Scientific memoirs by medical officers of the Army of India - Part X,
Year: 1897
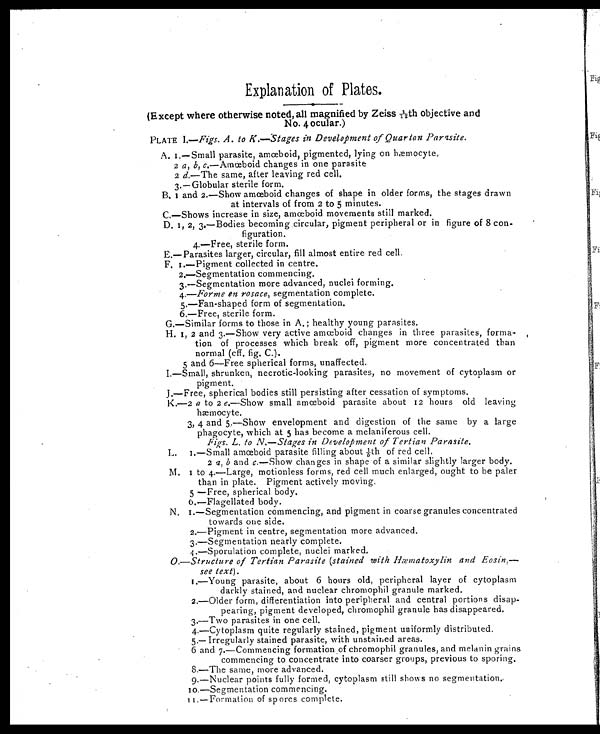
Explanation of Plates.
(Except where otherwise noted, all magnified by Zeiss 1/12th objective and
No. 4 ocular.)
PLATE 1.—Figs. A. to K.—Stages in Development of Quartan Parasite.
A. I.—Small parasite, amœboid, pigmented, lying on hæmocyte.
2 a, b, c.—Amœboid changes in one parasite
2 d.—The same, after leaving red cell.
3.—Globular sterile form.
B.
1 and 2.—Show amœboid changes of shape in older forms, the stages drawn
at intervals of from 2 to 5 minutes.
C.—Shows increase in size, amœboid movements still marked.
D. 1, 2, 3.—Bodies becoming circular, pigment peripheral or in figure of 8 con-
figuration.
4.—Free, sterile form.
E.—Parasites larger, circular, fill almost entire red cell.
F. 1.—Pigment collected in centre.
2.—Segmentation commencing.
3.—Segmentation more advanced, nuclei forming.
4.—Forme en rosace, segmentation complete.
5.—Fan-shaped form of segmentation.
6.—Free, sterile form.
G.—Similar forms to those in A.; healthy young parasites.
H. 1, 2 and 3.—Show very active amœboid changes in three parasites, forma-
tion of processes which break off, pigment more concentrated than
normal (off. fig. C.).
5 and 6—Free spherical forms, unaffected.
I.—Small, shrunken, necrotic-looking parasites, no movement of cytoplasm or
pigment.
J.—Free, spherical bodies still persisting after cessation of symptoms.
K.—2 a to 2 e.—Show small amœboid parasite about 12 hours old leaving
hæmocytc.
3, 4 and 5.—Show envelopment and digestion of the same by a large
phagocyte, which at 5 has become a melaniferous cell.
Fir. L. to N.—Stages in Development of Tertian Parasite.
L. 1.—Small amœboid parasite filling about 1/5th of red cell.
2 a , b and c.—Show changes in shape of a similar slightly larger body.
M. 1 to 4.—Large, motionless forms, red cell much enlarged, ought to be paler
than in plate. Pigment actively moving.
5.—Free, spherical body.
6 . — F l a g e l l a t e d b o d y .
N. 1.—Segmentation commencing, and pigment in coarse granules concentrated
towards one side.
2.—Pigment in centre, segmentation more advanced.
3.—Segmentation nearly complete.
4 . — S p o r u l a t i o n c o m p l e t e , n u c l e i m a r k e d .
O.—Structure of Tertian Parasite (stained with Hæmatoxylin and Eosin—
see text).
1.—Young parasite, about 6 hours old, peripheral layer of cytoplasm
darkly stained, and nuclear chromophil granule marked.
2.—Older form, differentiation into peripheral and central portions disap-
pearing, pigment developed, chromophil granule has disappeared.
3.—Two parasites in one cell.
4.—Cytoplasm quite regularly stained, pigment uniformly distributed.
5.—Irregularly stained parasite, with unstained areas.
6 and 7.—Commencing formation of chromophil granules, and melanin grains
commencing to concentrate into coarser groups, previous to sporing.
8.—The same, more advanced.
9.—Nuclear points fully formed, cytoplasm still shows no segmentation.
10.—Segmentation commencing.
1 1 . — F o r m a t i o n o f s p o r e s c o m p l e t e .